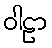
ဝါဠာ